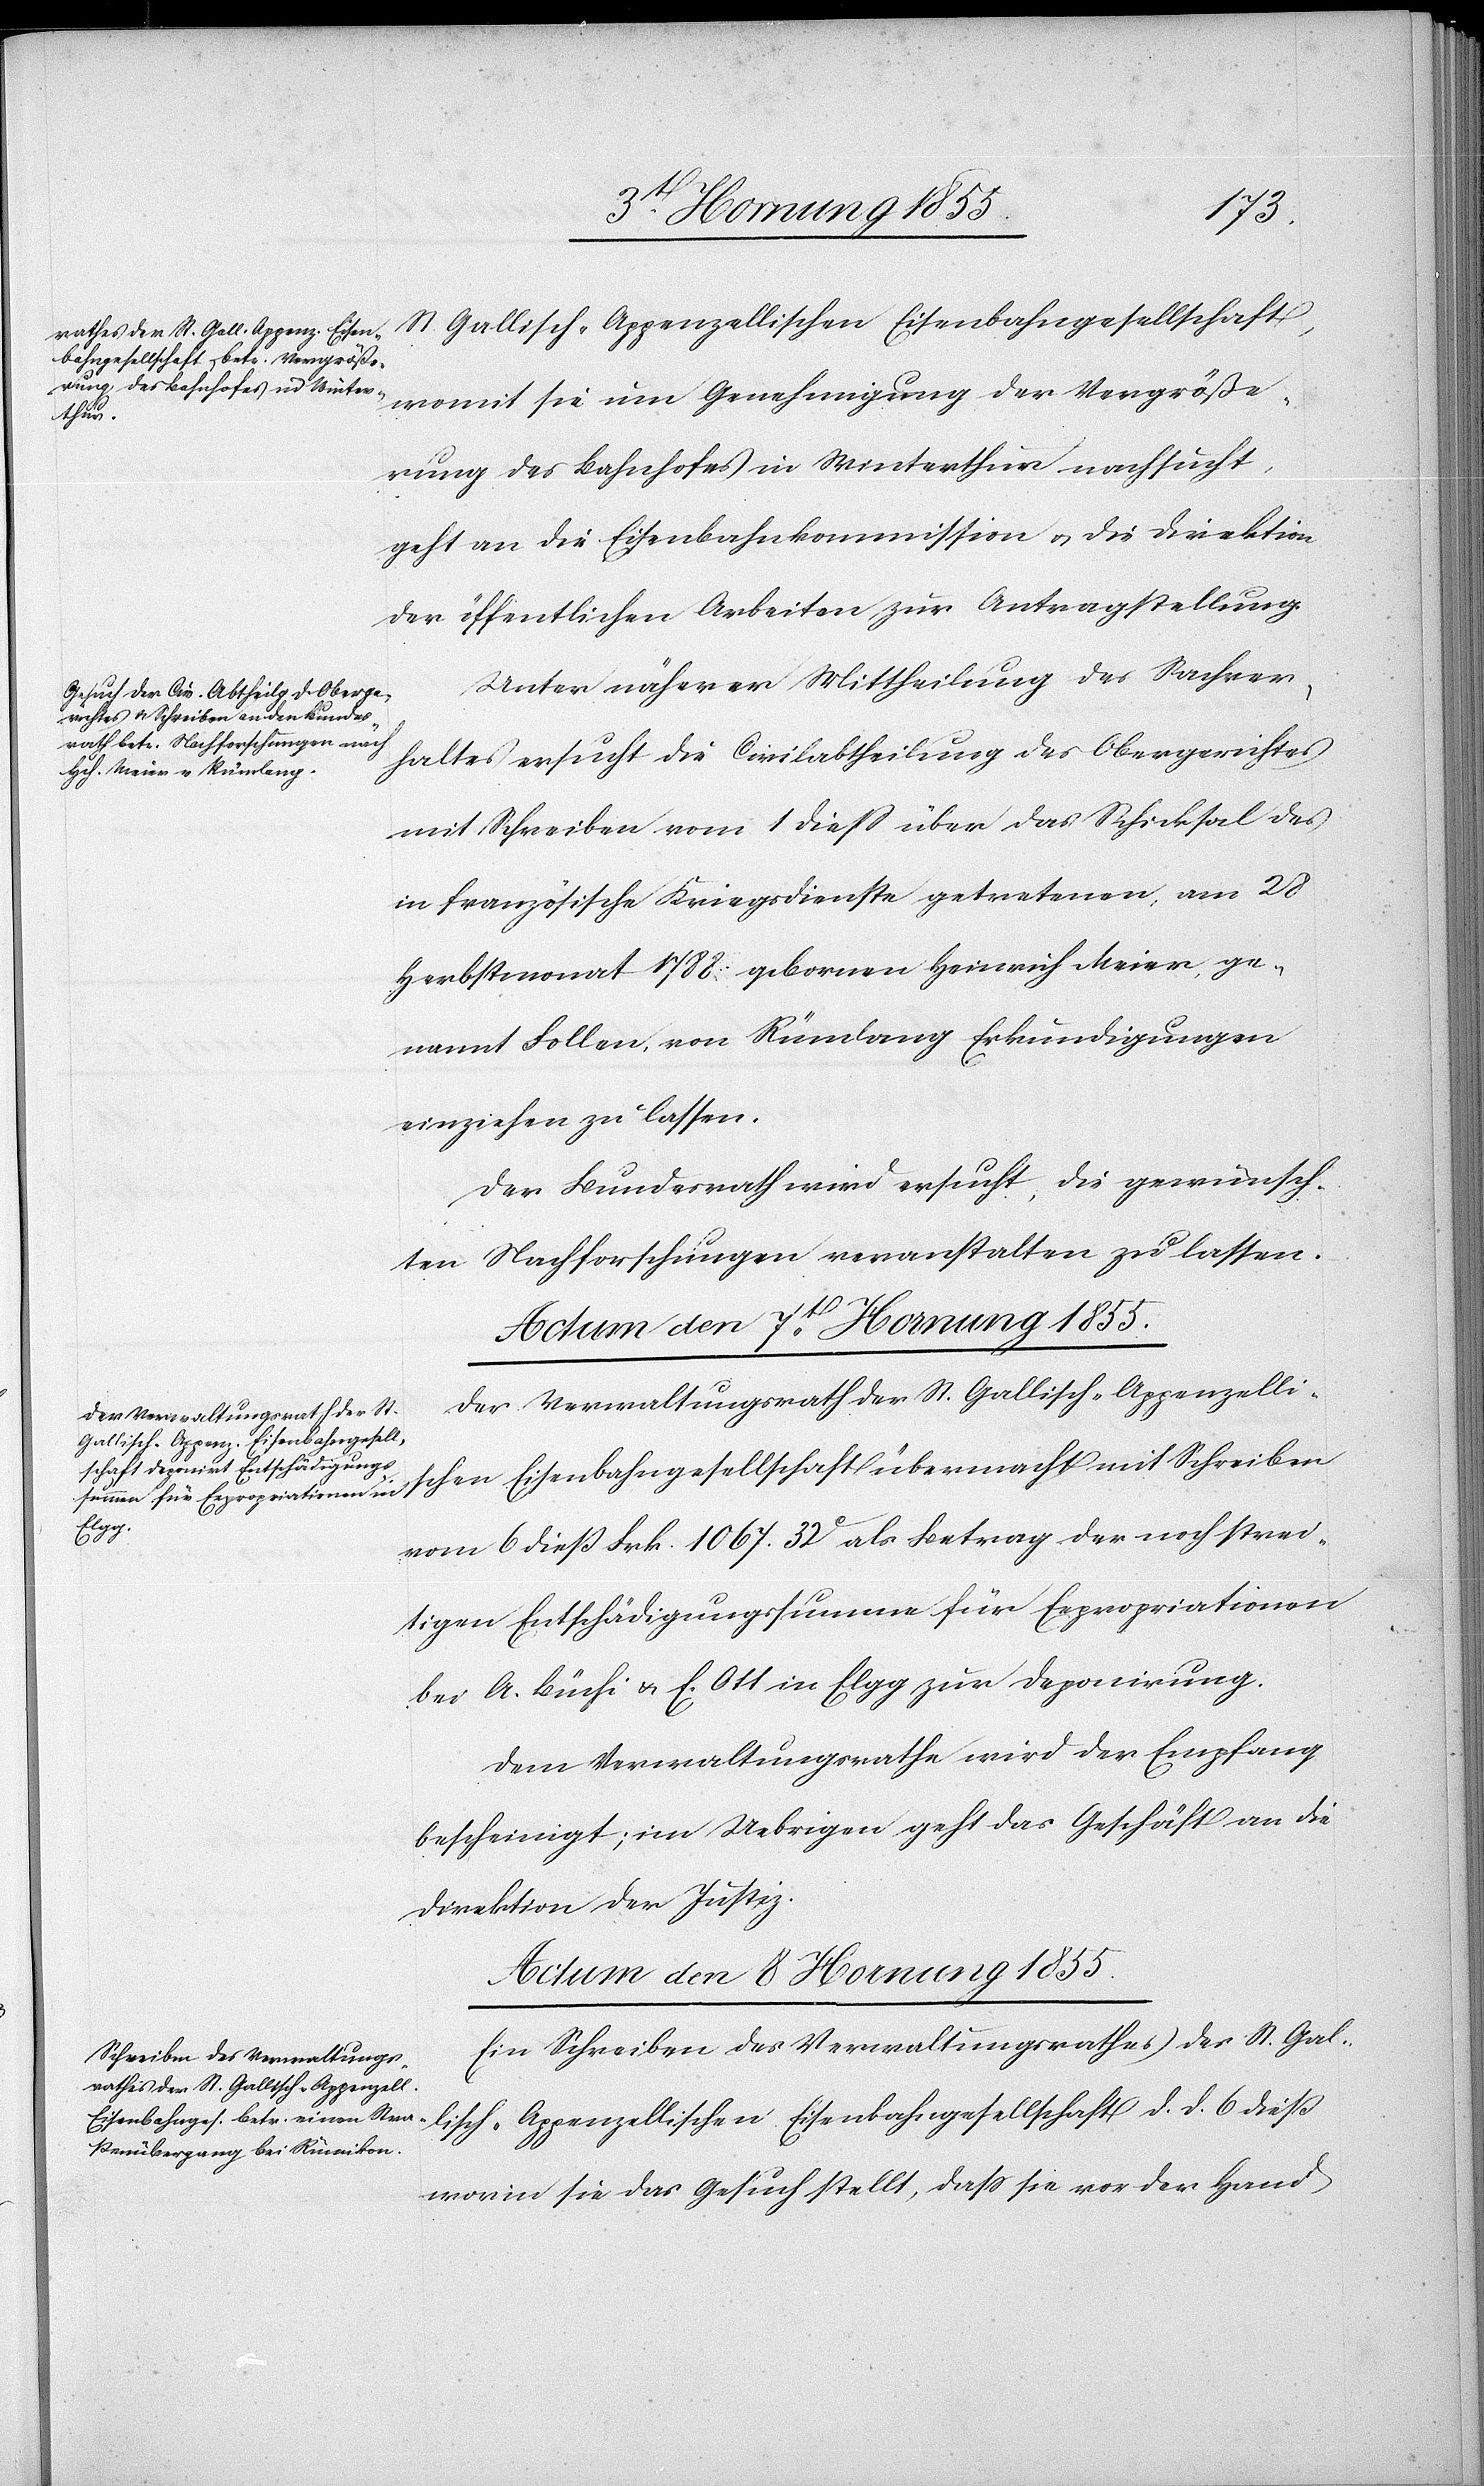
St. Gallisch-Appenzellischen Eisenbahngesellschaft,
womit sie um Genehmigung der Vergröße¬
rung des Bahnhofes in Winterthur nachsucht,
geht an die Eisenbahnkommission & die Direktion
der öffentlichen Arbeiten zur Antragstellung.
Unter näherer Mittheilung des Sachver¬
haltes ersucht die Civilabtheilung des Obergerichtes
mit Schreiben vom 1 dieß über das Schicksal des
in französische Kriegsdienste getretenen, am 28
Herbstmonat 1788 gebornen Heinrich Meier, ge¬
nannt Follen, von Rümlang Erkundigungen
einziehen zu lassen.
Der Bundesrath wird ersucht, die gewünsch¬
ten Nachforschungen veranstalten zu lassen.
Der Verwaltungsrath der St. Gallisch-Appenzelli¬
schen Eisenbahngesellschaft übermacht mit Schreiben
vom 6 dieß Frk. 1067. 32c als Betrag der noch strei¬
tigen Entschädigungssumme für Expropriationen
bei A. Büchi & E. Ott in Elgg zur Deponirung.
Dem Verwaltungsrathe wird der Empfang
bescheinigt; im Uebrigen geht das Geschäft an die
Direktion der Justiz.
Actum den 8 Hornung 1855.
Ein Schreiben des Verwaltungsrathes der St. Gal¬
lisch-Appenzellischen Eisenbahngesellschaft d. d. 6 dieß
worin sie das Gesuch stellt, dass sie vor der Hand